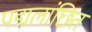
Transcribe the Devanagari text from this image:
पद्मलांछितं